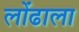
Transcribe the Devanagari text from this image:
लोंढाला